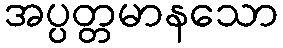
အပ္ပတ္တမာနသော